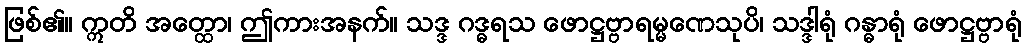
ဖြစ်၏။ ဣတိ အတ္ထော၊ ဤကားအနက်။ သဒ္ဒ ဂဒ္ဓရသ ဖောဋ္ဌဗ္ဗာရမ္မဏေသုပိ၊ သဒ္ဒါရုံ ဂန္ဓာရုံ ဖောဋ္ဌဗ္ဗာရုံ